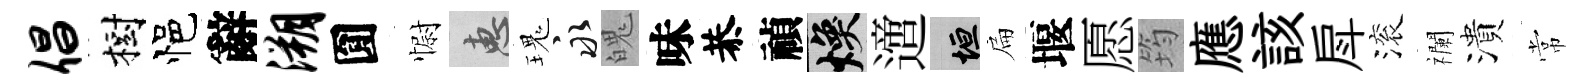
倡樹悒辭溯圎𢠢惠瑰永魄味恭禎焕𨗁垣扁堰愿筠應該戽滚襴潰常